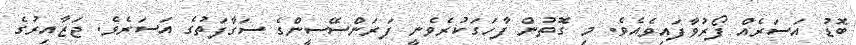
ބޮޑު އަސަރެއް ފޯރުވާފައިވެއެވެ. މި ގޮތުން ފާހަގަކުރެވެނީ ފަރަންސޭސީންގެ ސަގާފަތުގެ އަސަރެވެ. ޖަޒާއިރުގެ